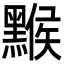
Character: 𪑻